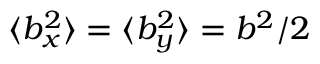
\langle b _ { x } ^ { 2 } \rangle = \langle b _ { y } ^ { 2 } \rangle = b ^ { 2 } / 2